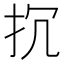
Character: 𢪨